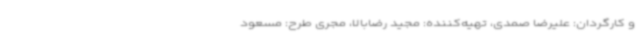
و کارگردان: علیرضا صمدی، تهیه‌کننده: مجید رضابالا، مجری طرح: مسعود